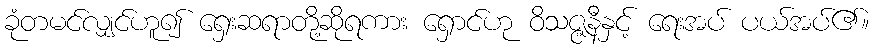
ခုံတမင်လျှင်ဟူ၍ ရှေးဆရာတို့ဆိုရကား ရှောင်ဟု ဝိသဇ္ဇနီနှင့် ရေးအပ် ပယ်အပ်၏။